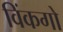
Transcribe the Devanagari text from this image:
विंकगो